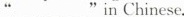
"___"in Chinese.